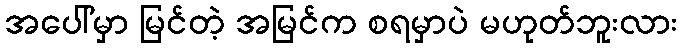
အပေါ်မှာ မြင်တဲ့ အမြင်က စရမှာပဲ မဟုတ်ဘူးလား